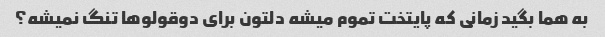
به هما بگید زمانی که پایتخت تموم میشه دلتون برای دوقولوها تنگ نمیشه؟